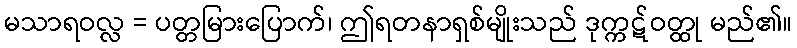
မသာရဝလ္လ = ပတ္တမြားပြောက်၊ ဤရတနာရှစ်မျိုးသည် ဒုက္ကဋ်ဝတ္ထု မည်၏။